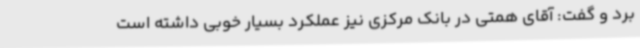
برد و گفت: آقای همتی در بانک مرکزی نیز عملکرد بسیار خوبی داشته است